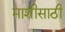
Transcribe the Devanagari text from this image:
माशीसाठी